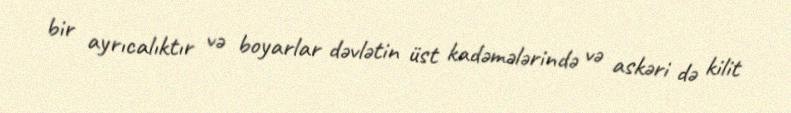
bir ayrıcalıktır və boyarlar dəvlətin üst kadəmələrində və askəri də kilit